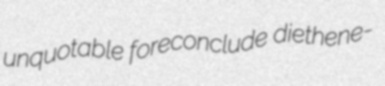
unquotable foreconclude diethene-